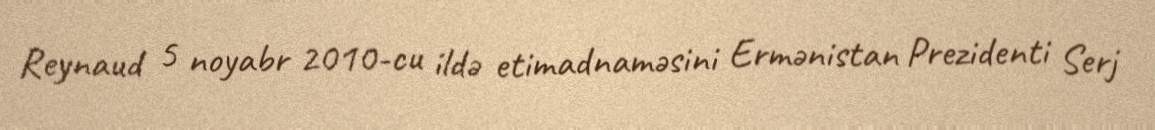
Reynaud 5 noyabr 2010-cu ildə etimadnaməsini Ermənistan Prezidenti Serj